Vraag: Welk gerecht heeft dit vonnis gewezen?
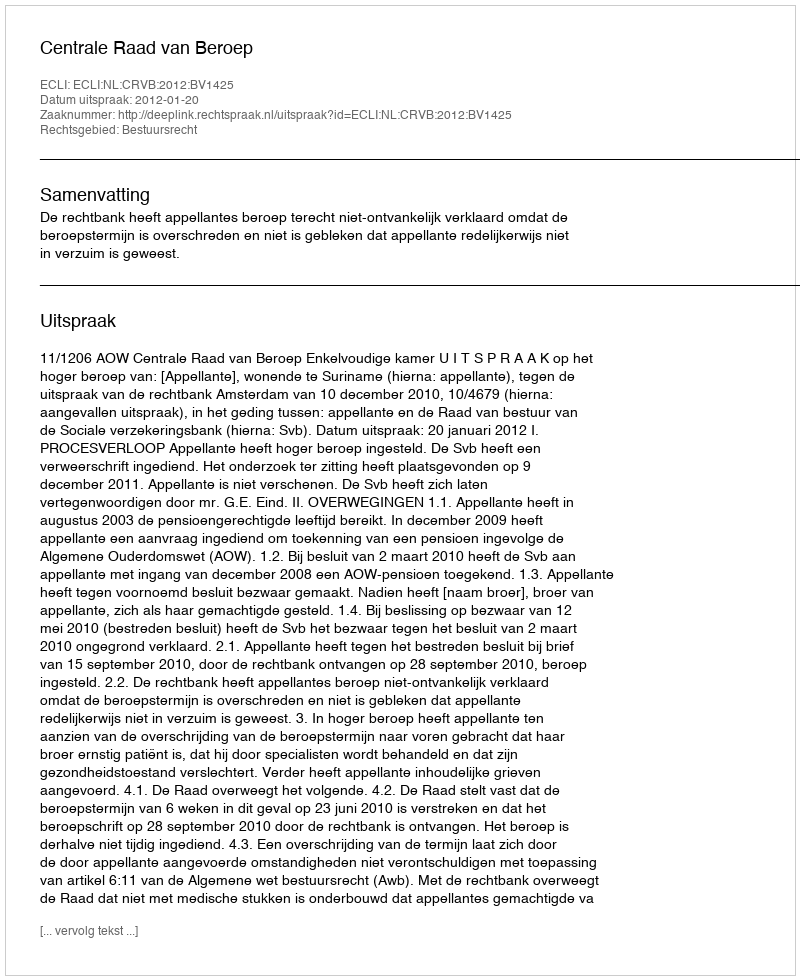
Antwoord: Centrale Raad van Beroep